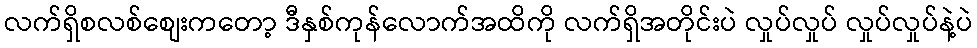
လက်ရှိစလစ်စျေးကတော့ ဒီနှစ်ကုန်လောက်အထိကို လက်ရှိအတိုင်းပဲ လှုပ်လှုပ် လှုပ်လှုပ်နဲ့ပဲ